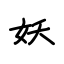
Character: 妖